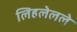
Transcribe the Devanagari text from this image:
लिहलेलले